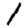
Digit: 1